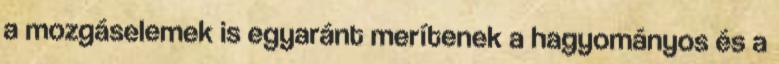
a mozgáselemek is egyaránt merítenek a hagyományos és a